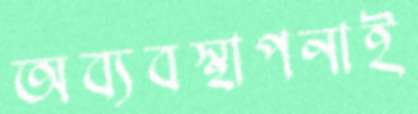
অব্যবস্থাপনাই